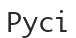
Русі